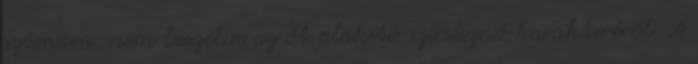
számára, nem beszélve az őt alakító színésznő karakteréről. A